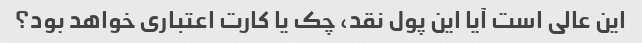
این عالی است آیا این پول نقد، چک یا کارت اعتباری خواهد بود؟